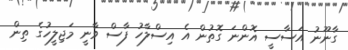
ގާނޫނު އަސާސީ އޮންނަ ގޮތުން އެ އިސްލާހު ފާސް ވާނީ މަޖިލީހުގެ ތިން